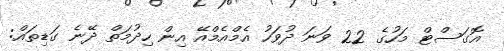
އޮގަސްޓް މަހުގެ 22 ވަނަ ދުވަހު އެމްއެމްއޭ އިން ހިދުމަތް ދޭނެ ގަޑިތައް: